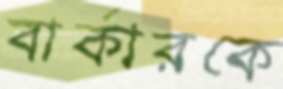
বার্কারকে